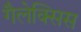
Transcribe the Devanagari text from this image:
गैलेक्सिस